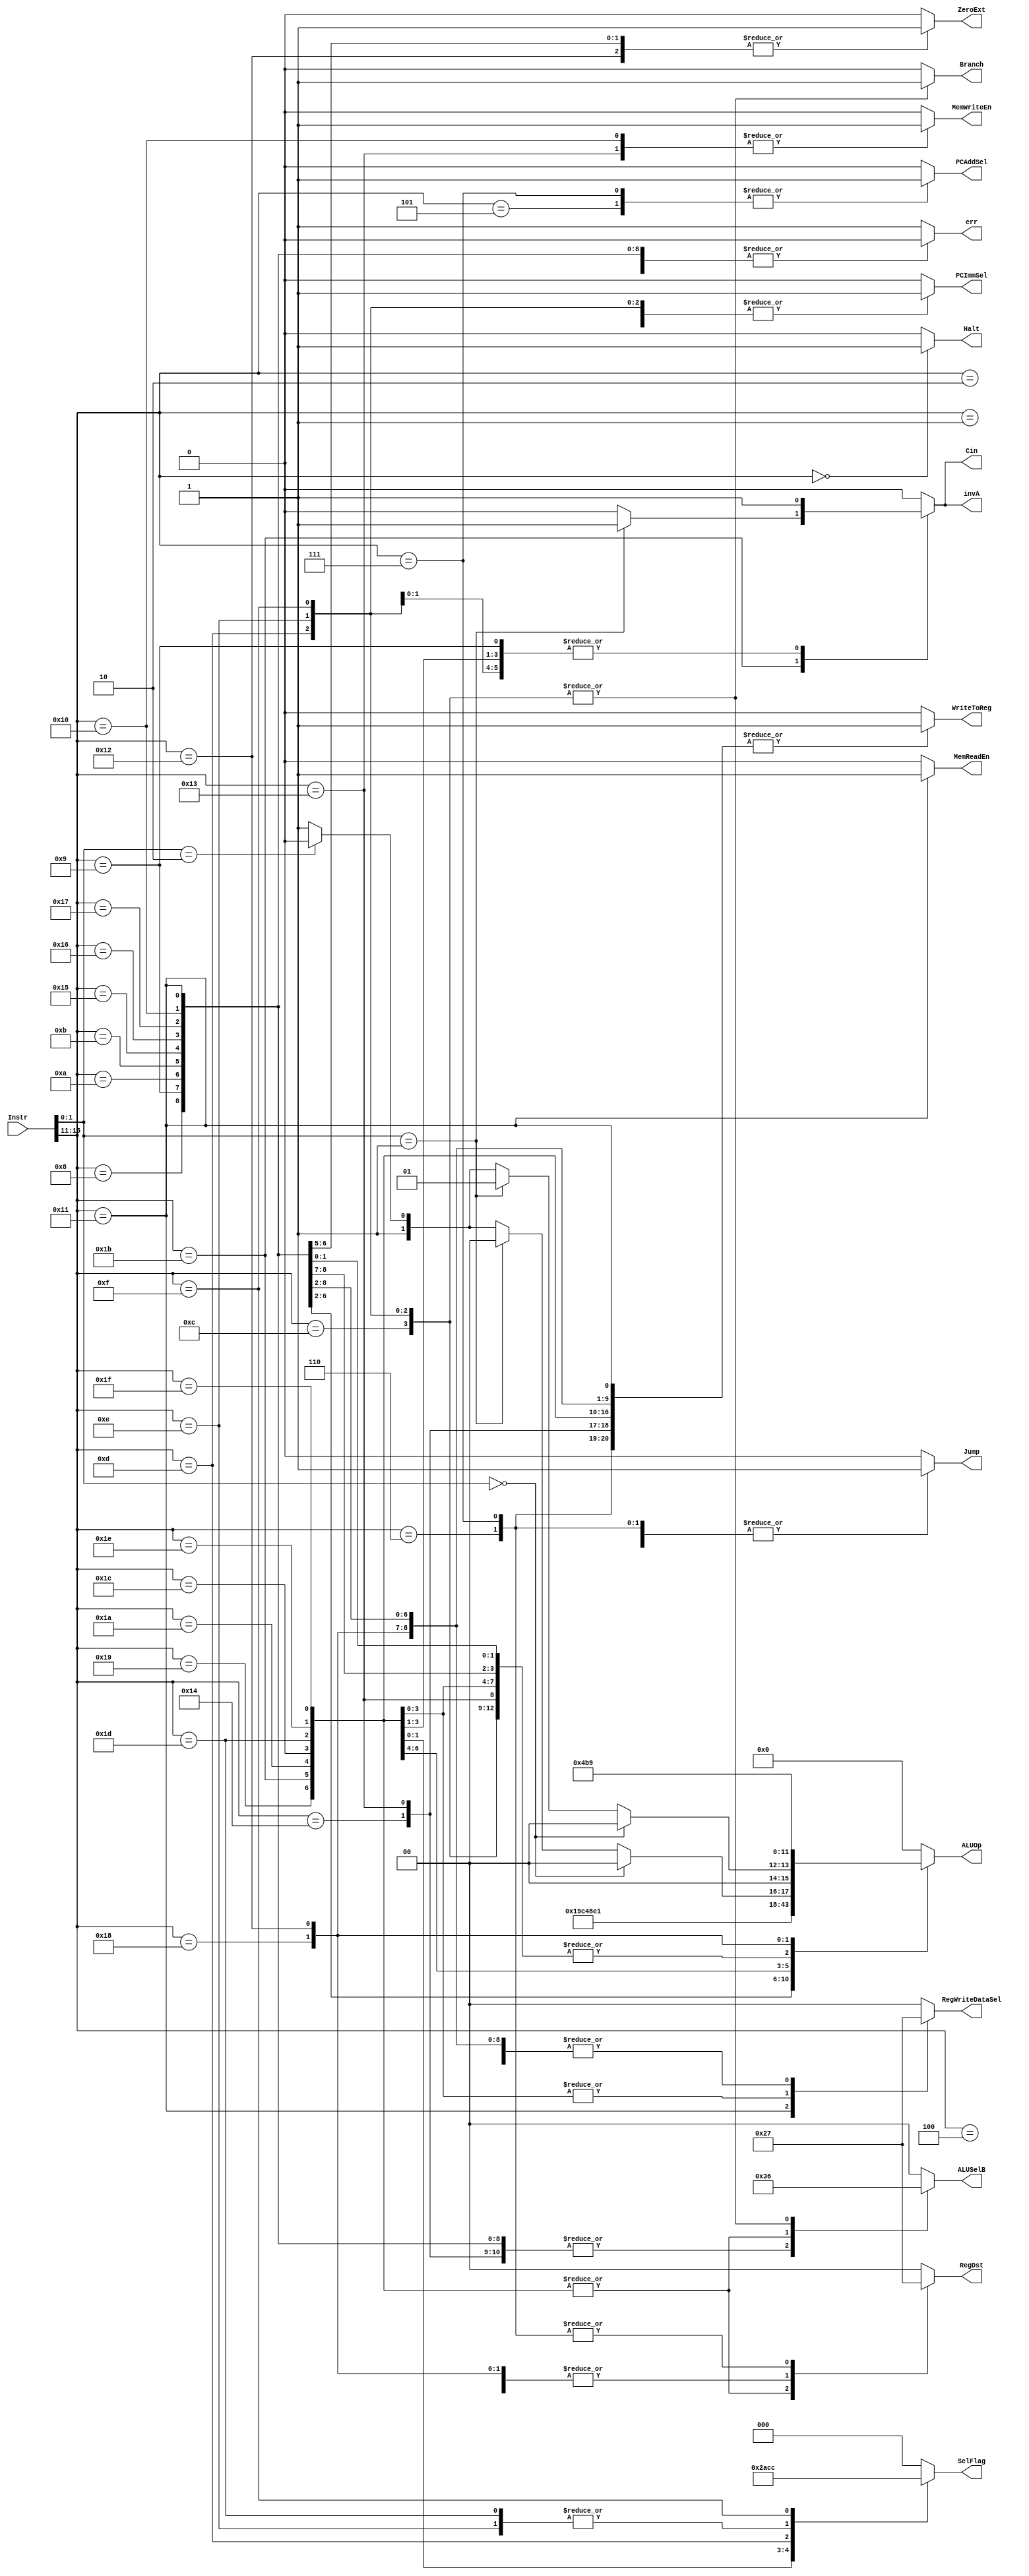
module control(
		Instr,
		
		Halt,
		SelFlag,
		RegWriteDataSel,
		ALUOp,
		Cin,
		invA,
		MemReadEn,
		MemWriteEn,
		RegDst,
		Branch,
		Jump,
		ZeroExt,
		WriteToReg,
		ALUSelB,
		PCImmSel,
		PCAddSel,
		err);

input [15:0] Instr;

output reg Halt,MemReadEn,MemWriteEn,Branch,Jump,ZeroExt,WriteToReg,PCImmSel,PCAddSel,Cin,invA,err;
output reg [1:0] RegWriteDataSel,RegDst,ALUSelB;
output reg [2:0] SelFlag;
output reg [3:0] ALUOp;


wire [4:0] Opcode;
wire [1:0] OpcodeExt;

assign Opcode = Instr[15:11];
assign OpcodeExt = Instr[1:0];

/*
	OPCode    Function
	0000	rll		rotate left
	0001	sll		shift left
	0010	rrl 	rotate right
	0011	srl		shift right logical
	0100	ADD		A+B & B-A
	0101	OR		A OR B
	0110	XOR		A XOR B
	0111	ANDNI	A AND NOT(B)
	1000	BTR		Bit reverse
	1001	SLBI 	Rs <- (Rs << 8) | I(zero ext.)
   */

always @(*) begin
	{Halt,MemReadEn, MemWriteEn, Branch, Jump, ZeroExt, WriteToReg, PCImmSel, PCAddSel,Cin, invA,err} = 16'b0000_0000_0000_0000;
	RegWriteDataSel = 2'b00;
	RegDst = 2'b00;
	ALUSelB = 2'b00;
	SelFlag = 3'b000;
	ALUOp = 4'b0000;
	
	case(Opcode)
		5'b01000: begin //ADDI
			RegWriteDataSel = 2'b11;
			ALUOp = 4'b0100;
			ALUSelB = 2'b11;
			WriteToReg = 1'b1;
		end
		
		5'b01001: begin //SUBI
			RegWriteDataSel = 2'b11;
			ALUOp = 4'b0100;
			ALUSelB = 2'b11;
			WriteToReg = 1'b1;
			invA = 1'b1;
			Cin = 1'b1;
		end
		
		5'b01010: begin //XORI
			RegWriteDataSel = 2'b11;
			ALUOp = 4'b0110;
			ALUSelB = 2'b11;
			WriteToReg = 1'b1;
			ZeroExt = 1'b1;
		end
		
		5'b01011: begin //ANDNI
			RegWriteDataSel = 2'b11;
			ALUOp = 4'b0111;
			ALUSelB = 2'b11;
			WriteToReg = 1'b1;
			ZeroExt = 1'b1;
		end
		
		5'b10100: begin //ROLLI
			RegWriteDataSel = 2'b11;
			ALUOp = 4'b0000;
			ALUSelB = 2'b11;
			WriteToReg = 1'b1;
		end
		
		5'b10101: begin //SLII
			RegWriteDataSel = 2'b11;
			ALUOp = 4'b0001;
			ALUSelB = 2'b11;
			WriteToReg = 1'b1;
		end
		
		5'b10110: begin //RORI
			RegWriteDataSel = 2'b11;
			ALUOp = 4'b0010;
			ALUSelB = 2'b11;
			WriteToReg = 1'b1;
		end
		
		5'b10111: begin //SRLI
			RegWriteDataSel = 2'b11;
			ALUOp = 4'b0011;
			ALUSelB = 2'b11;
			WriteToReg = 1'b1;
		end
		
		5'b10000: begin //ST
			MemWriteEn = 1'b1;
			ALUOp = 4'b0100; //ADD
			ALUSelB = 2'b11;
		end
	
		5'b10001: begin //LD
			RegWriteDataSel = 2'b10;
			MemReadEn = 1'b1;
			ALUOp = 4'b0100; //ADD
			ALUSelB = 2'b11;
			WriteToReg = 1'b1;
		end
		
		5'b10011: begin //STU
			RegWriteDataSel = 2'b11;
			MemWriteEn = 1'b1;
			RegDst = 2'b01;
			ALUOp = 4'b0100; //ADD
			ALUSelB = 2'b11;
			WriteToReg = 1'b1;
		end
		
		5'b11001: begin //ADD,SUB,XOR,ANDN
			RegWriteDataSel = 2'b11;
			RegDst = 2'b10;
			ALUSelB = 2'b01;
			WriteToReg = 1'b1;
			ALUOp = 4'b1000;
			
		end
		
		5'b11011: begin //ADD,SUB,XOR,ANDN
			RegWriteDataSel = 2'b11;
			RegDst = 2'b10;
			ALUSelB = 2'b01;
			WriteToReg = 1'b1;
			ALUOp = (OpcodeExt == 2'b00) ? 4'b0100 :
					(OpcodeExt == 2'b01) ? 4'b0100 :
					(OpcodeExt == 2'b10) ? 4'b0110 : 4'b0111; 
			
			Cin = (OpcodeExt == 2'b01) ? 1'b1 : 1'b0;
			invA = (OpcodeExt == 2'b01) ? 1'b1 : 1'b0;
			
		end
		
		5'b11010: begin //ROL,SLL,ROR,SRL
			RegWriteDataSel = 2'b11;
			RegDst = 2'b10;
			ALUSelB = 2'b01;
			WriteToReg = 1'b1;
			ALUOp = (OpcodeExt == 2'b00) ? 4'b0000 :
					(OpcodeExt == 2'b01) ? 4'b0001 :
					(OpcodeExt == 2'b10) ? 4'b0010 : 4'b0011;
		end
		
		5'b11100: begin //SEQ
			RegWriteDataSel = 2'b01;
			RegDst = 2'b10;
			ALUSelB = 2'b01;
			WriteToReg = 1'b1;
			ALUOp = 4'b0100; //SUB (ADD)
			invA = 1'b1;
			Cin = 1'b1;
			SelFlag = 3'b000;
		end
		
		5'b11101: begin //SLT
			RegWriteDataSel = 2'b01;
			RegDst = 2'b10;
			ALUSelB = 2'b01;
			WriteToReg = 1'b1;
			ALUOp = 4'b0100; //SUB (ADD)
			invA = 1'b1;
			Cin = 1'b1;
			SelFlag = 3'b001;
		end
		
		5'b11110: begin //SLE
			RegWriteDataSel = 2'b01;
			RegDst = 2'b10;
			ALUSelB = 2'b01;
			WriteToReg = 1'b1;
			ALUOp = 4'b0100; //SUB (ADD)
			invA = 1'b1;
			Cin = 1'b1;
			SelFlag = 3'b010;
		end
		
		5'b11111 : begin //SCO
			RegWriteDataSel = 2'b01;
			RegDst = 2'b10;
			ALUSelB = 2'b01;
			WriteToReg = 1'b1;
			ALUOp = 4'b0100; //ADD
			SelFlag = 3'b101;
		end
		
		5'b01100 : begin //BEQZ
			ALUSelB = 2'b10;
			ALUOp = 4'b0100; //ADD
			SelFlag = 3'b000;
			Branch = 1'b1;
			PCImmSel = 1'b1;
		end
		
		5'b01101 : begin //BNEZ
			ALUSelB = 2'b10;
			ALUOp = 4'b0100; //ADD
			SelFlag = 3'b011;
			Branch = 1'b1;
			PCImmSel = 1'b1;
		end
		
		5'b01110 : begin //BLTZ
			ALUSelB = 2'b10;
			ALUOp = 4'b0100; //SUB
			SelFlag = 3'b001;
			Branch = 1'b1;
			PCImmSel = 1'b1;
			invA = 1'b1;
			Cin = 1'b1;
		end
		
		5'b01111 : begin //BGEZ
			ALUSelB = 2'b10;
			ALUOp = 4'b0100; //SUB
			SelFlag = 3'b100;
			Branch = 1'b1;
			PCImmSel = 1'b1;
			invA = 1'b1;
			Cin = 1'b1;
		end
		
		5'b11000 : begin //LBI
			RegWriteDataSel = 2'b11;
			RegDst = 2'b01;
			ALUSelB = 2'b00;
			ALUOp = 4'b1011; //ADD
			WriteToReg = 1'b1;
		end
		
		5'b10010 : begin //SLBI
			RegWriteDataSel = 2'b11;
			RegDst = 2'b01;
			ALUSelB = 2'b00;
			ZeroExt = 1'b1;
			ALUOp = 4'b1001; //SLBI
			WriteToReg = 1'b1;
		end
		
		5'b00100 : begin //J
			Jump = 1'b1;
		end
		
		5'b00110 : begin //JAL
			Jump = 1'b1;
			WriteToReg = 1'b1;
			RegDst = 2'b11;
			RegWriteDataSel = 2'b00;
		end
		
		5'b00101 : begin //JR
			Jump = 1'b1;
			PCImmSel = 1'b1;
			PCAddSel = 1'b1;
		end
		
		5'b00111 : begin //JALR
			RegWriteDataSel = 2'b00;
			RegDst = 2'b11;
			WriteToReg = 1'b1;
			Jump = 1'b1;
			PCImmSel = 1'b1;
			PCAddSel = 1'b1;
		end
		
		5'b00000 : begin //HALT
			Halt = 1'b1;
		end
		
		5'b00001 : begin //NOP
			//Do Nothing?
		end
		
		5'b00010 : begin //SIIC
			//TODO
		end
		
		default : begin //Undefined state. Throw error
			err = 1'b1;
		end
	endcase

end


endmodule